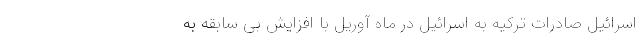
اسرائیل صادرات ترکیه به اسرائیل در ماه آوریل با افزایش بی سابقه به